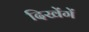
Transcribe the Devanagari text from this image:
दिखेंगें